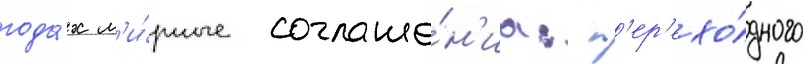
года́х м'и́рные соглаше́н'иа: п'ер'ехо́дного